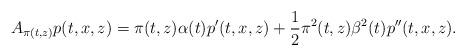
LaTeX: \begin{align*}A_{\pi(t,z)}p(t,x,z)=\pi(t,z)\alpha(t) p'(t,x,z) + \frac{1}{2} \pi^2(t,z)\beta^2(t) p''(t,x,z).\end{align*}